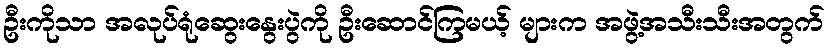
ဦးကိုသာ အလုပ်ရုံဆွေးနွေးပွဲကို ဦးဆောင်ကြမယ့် များက အဖွဲ့အသီးသီးအတွက်